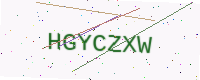
Text: HGYCZXW